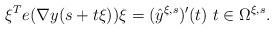
LaTeX: \begin{align*}\xi^T e(\nabla y(s+ t\xi))\xi = (\hat{y}^{\xi,s})'(t) \ t \in {\Omega}^{\xi,s}. \end{align*}